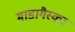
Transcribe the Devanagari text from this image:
माडागैस्कर